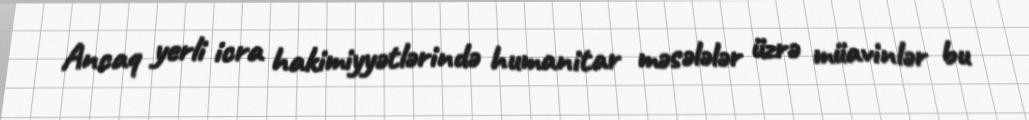
Ancaq yerli icra hakimiyyətlərində humanitar məsələlər üzrə müavinlər bu